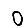
Digit: 0